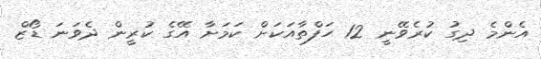
އެންމެ ދިގު ކުރެވޭނީ 12 ހަފްތާއަކަށް ކަމަށާ އޭގެ ކުރީން ދެވަަނަ ޑޯޒް